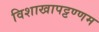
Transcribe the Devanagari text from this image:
विशाखापट्टण्णम